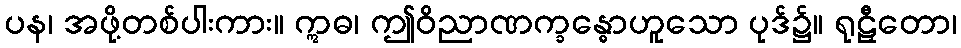
ပန၊ အဖို့တစ်ပါးကား။ ဣဓ၊ ဤဝိညာဏက္ခန္ဓောဟူသော ပုဒ်၌။ ရုဠှီတော၊